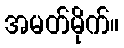
အမတ်မိုက်။